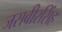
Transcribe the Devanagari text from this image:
जसबीरसिंह